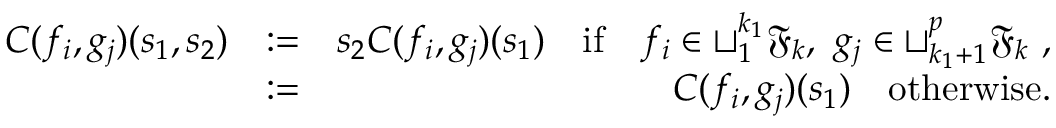
\begin{array} { r l r } { C ( f _ { i } , g _ { j } ) ( s _ { 1 } , s _ { 2 } ) } & { : = } & { s _ { 2 } C ( f _ { i } , g _ { j } ) ( s _ { 1 } ) \quad \mathrm { i f } \quad f _ { i } \in \sqcup _ { 1 } ^ { k _ { 1 } } { \mathfrak { F } } _ { k } , \ g _ { j } \in \sqcup _ { k _ { 1 } + 1 } ^ { p } { \mathfrak { F } } _ { k } \ , } \\ & { : = } & { C ( f _ { i } , g _ { j } ) ( s _ { 1 } ) \quad \mathrm { o t h e r w i s e } . } \end{array}